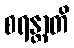
စရန္တာတိ